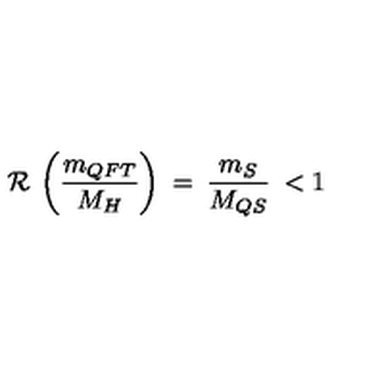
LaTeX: { \cal R } \: \left( \frac { m _ { Q F T } } { M _ { H } } \right) \: = \: \frac { m _ { S } } { M _ { Q S } } \: < 1